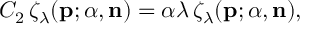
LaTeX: C _ { 2 } \, \zeta _ { \lambda } ( { \bf p } ; { \alpha } , { \bf n } ) = { \alpha } { \lambda } \, \zeta _ { \lambda } ( { \bf p } ; { \alpha } , { \bf n } ) ,